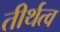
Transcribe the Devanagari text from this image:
तीर्थत्व